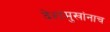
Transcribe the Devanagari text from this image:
देशमुखांनाच